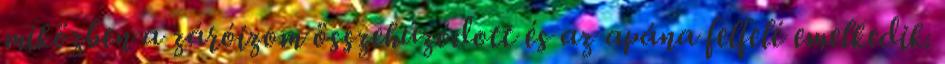
miközben a záróizom összehúzódott és az apána felfelé emelkedik.